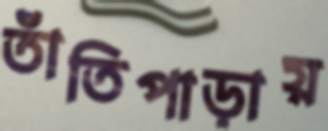
তাঁতিপাড়ায়